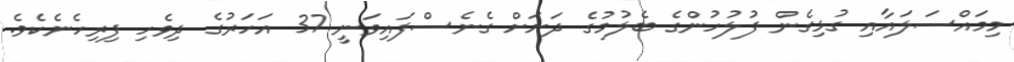
މިމައްސަލައާއި ގުޅިގެން ފުލުހުންގެ ބެލުމުގެ ދަށަށް ގެނެސްފައިވަނީ 37 އަހަރުގެ ދިވެހި ފިރިހެނެކެވެ.